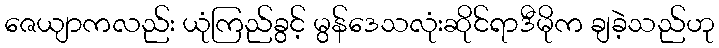
ဇေယျာကလည်း ယုံကြည်ခွင့် မွန်ဒေသလုံးဆိုင်ရာဒီမိုက ချခဲ့သည်ဟု